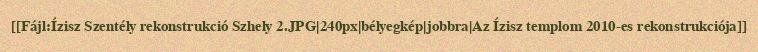
[[Fájl:Ízisz Szentély rekonstrukció Szhely 2.JPG|240px|bélyegkép|jobbra|Az Ízisz templom 2010-es rekonstrukciója]]